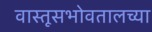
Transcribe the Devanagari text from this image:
वास्तूसभोवतालच्या